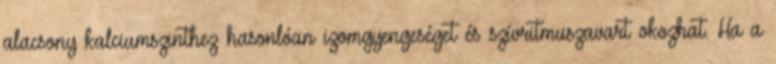
alacsony kalciumszinthez hasonlóan izomgyengeséget és szívritmuszavart okozhat. Ha a